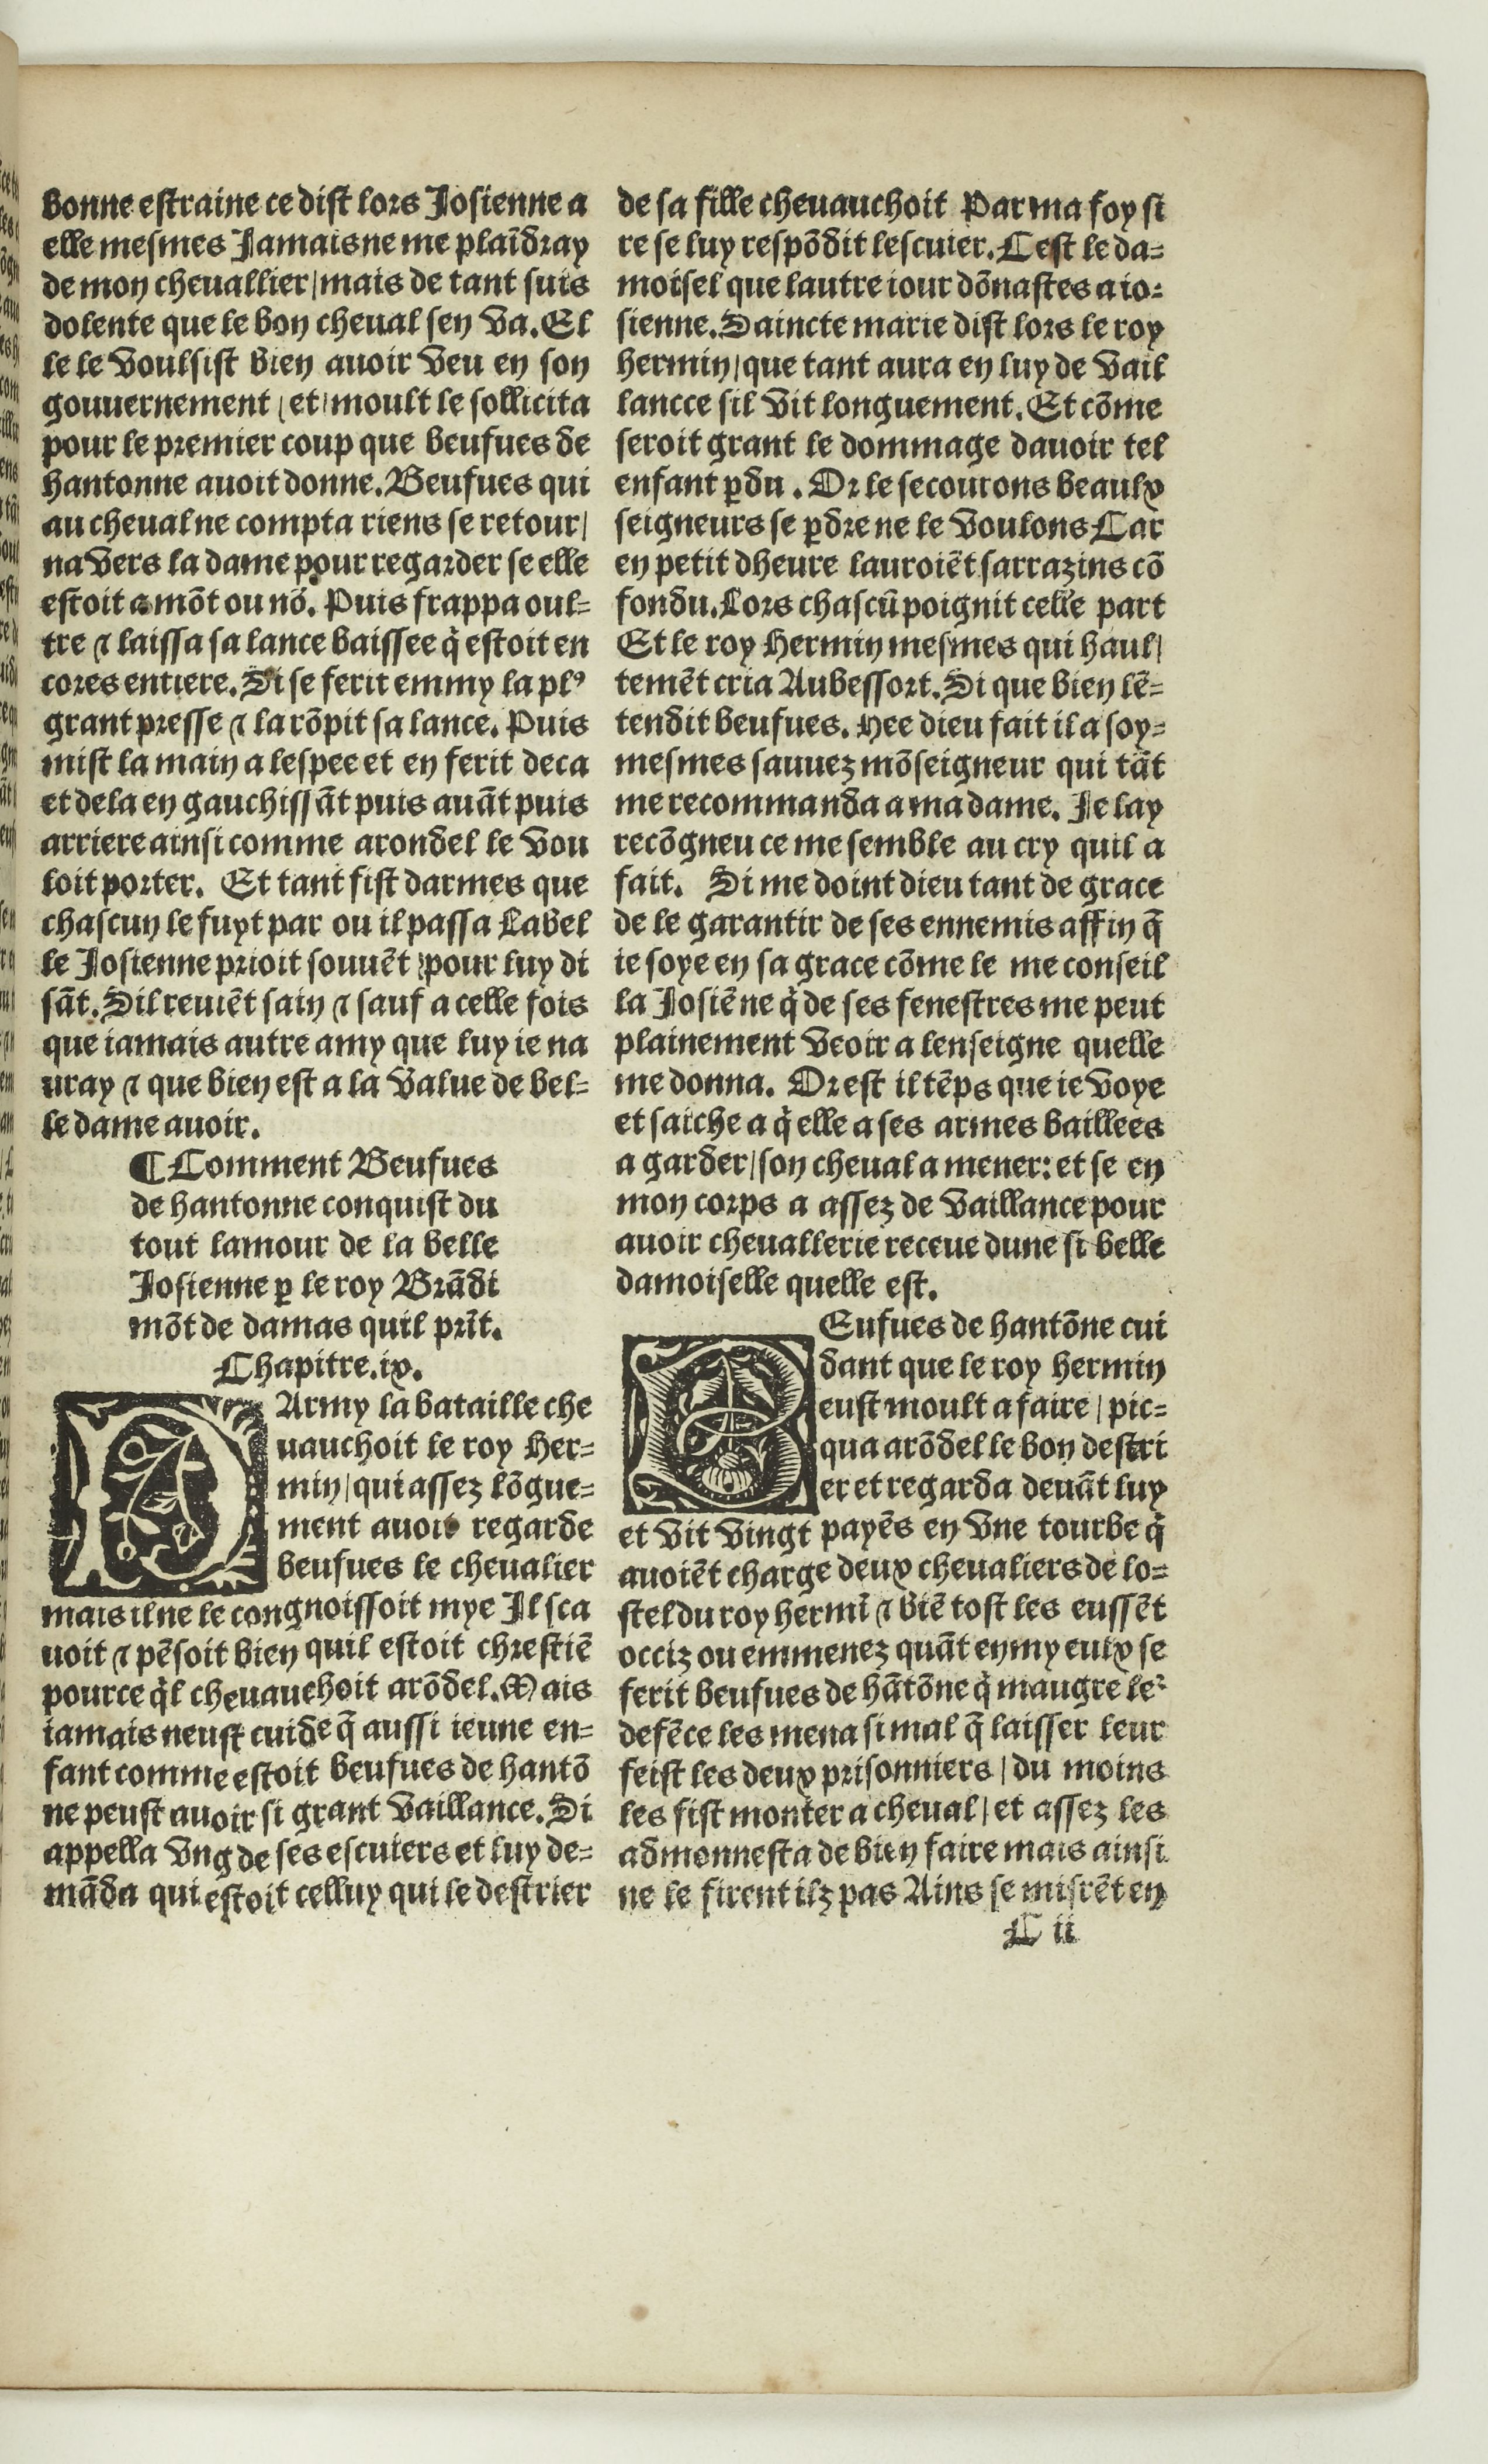
Shelfmark: Paris, BnF, Rés. Y2-674
Century: 16